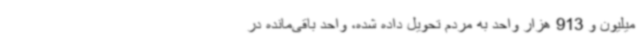
میلیون و 913 هزار واحد به مردم تحویل داده شده، واحد باقی‌مانده در